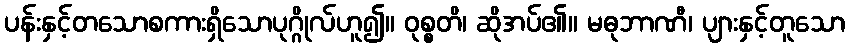
ပန်းနှင့်တသောစကားရှိသောပုဂ္ဂိုလ်ဟူ၍။ ဝုစ္စတိ၊ ဆိုအပ်၏။ မဓုဘာဏီ၊ ပျားနှင့်တူသော